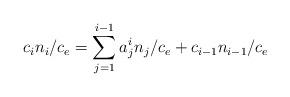
LaTeX: \begin{align*} c_i n_i / c_e = \sum_{j = 1}^{i-1} a_j^i n_j / c_e + c_{i-1} n_{i-1} / c_e \end{align*}